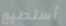
أستطيع